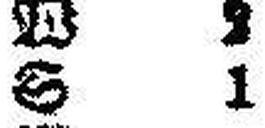
S 1